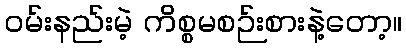
ဝမ်းနည်းမဲ့ ကိစ္စမစဉ်းစားနဲ့တော့။